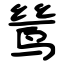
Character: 鸶